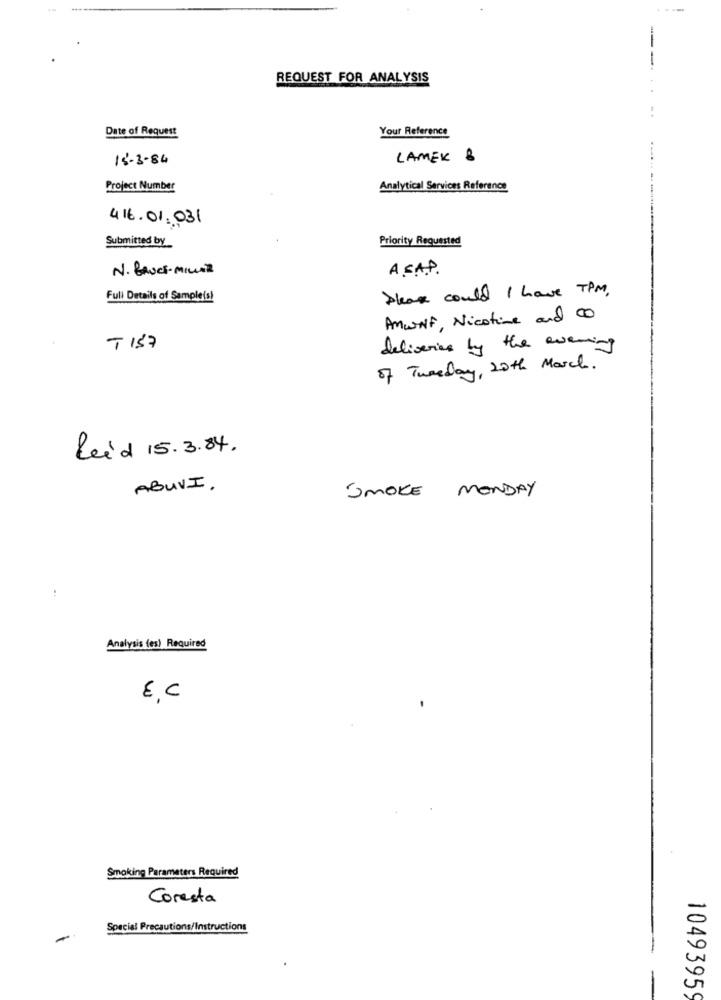
REQUEST FOR ANALYSIS
Date of Request
Your Reference
15-3-84
LAMER B
Project Number
Analytical Services Reference
416.01.031
Priority Requested
Submitted by
N. BAUCE-MILLER
A . S.P.
Please could I have TPM.
Full Details of Sampleis!
Anwalt, Nicotine and CO
T 157
deliveries by the evening
of Tweeday, 20th March.
Leid 15.3.84.
ABUVI .
SMOKE MONDAY
Analysis (es) Required
EC
Smoking Parameters Required
Coresta
Special Precautions/Instructions
-
10493959